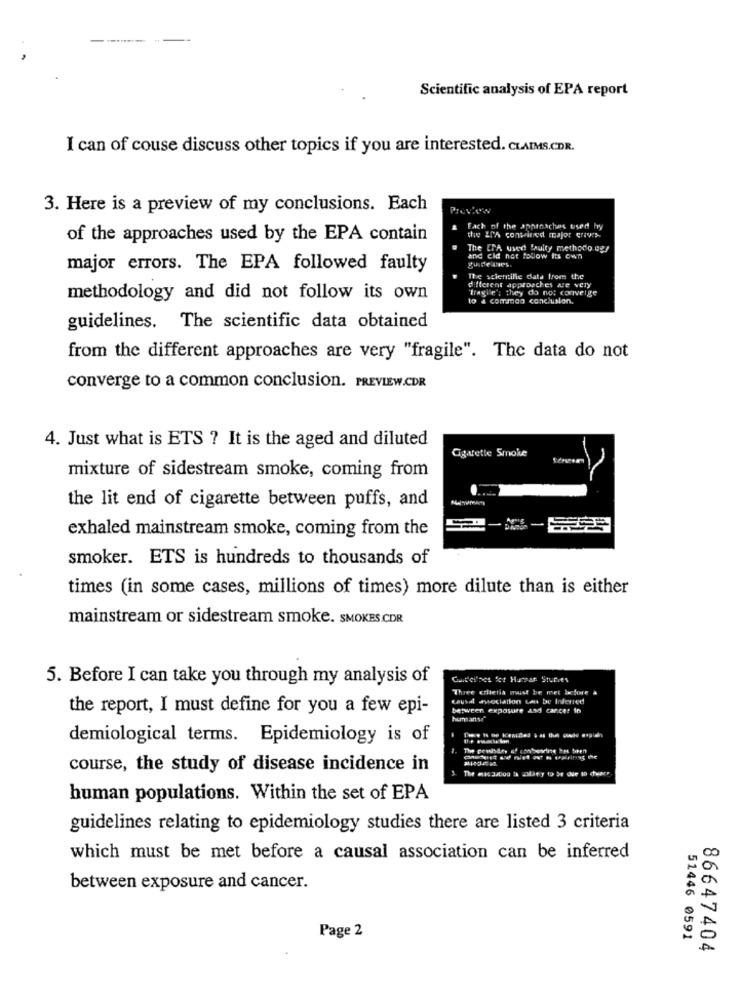
Scientific analysis of EPA report
I can of couse discuss other topics if you are interested. CLAIMS.CDR.
3. Here is a preview of my conclusions. Each
PreVON
Each of the approaches used hy
of the approaches used by the EPA contain
the ZrA conwired major grives.
The CPA used faulty methodo og/
and cid not follow Its own
major errors. The EPA followed faulty
different approaches are very
The scientific data from the
"fragile'; they do not conveige
methodology and did not follow its own
to a commea conclusion.
guidelines. The scientific data obtained
from the different approaches are very "fragile". The data do not
converge to a common conclusion. PREVIEW.CDR
4. Just what is ETS ? It is the aged and diluted
Cigarette Smoke
mixture of sidestream smoke, coming from
the lit end of cigarette between puffs, and
exhaled mainstream smoke, coming from the
smoker. ETS is hundreds to thousands of
times (in some cases, millions of times) more dilute than is either
mainstream or sidestream smoke. SMOKES.CDR
5. Before I can take you through my analysis of
Gaiteifact for Hurpar Sturies
Three criteria must be met before
Causal association can be Inferred
the report, I must define for you a few epi-
between exposure and cancer in
humsanse"
The ho ne Kemidel & as the gods sagich
demiological terms. Epidemiology is of
Chetest udf niet ast h pogirinas the
course, the study of disease incidence in
human populations. Within the set of EPA
guidelines relating to epidemiology studies there are listed 3 criteria
which must be met before a causal association can be inferred
between exposure and cancer.
Page 2
51446 0591
86647404